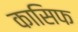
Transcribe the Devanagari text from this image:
कासिफ